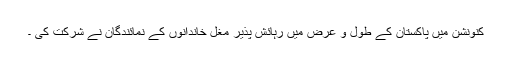
کنونشن میں پاکستان کے طول و عرض میں رہائش پذیر مغل خاندانوں کے نمائندگان نے شرکت کی ۔